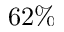
6 2 \%